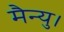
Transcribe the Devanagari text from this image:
मैन्यु।